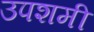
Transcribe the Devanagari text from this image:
उपशमी